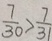
\frac { 7 } { 3 0 } > \frac { 7 } { 3 1 }